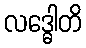
လဒ္ဓေါတိ